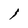
Character: l